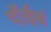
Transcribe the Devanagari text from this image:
दॉईच्चं